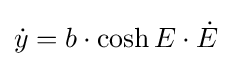
{\dot {y}}=b\cdot \cosh E\cdot {\dot {E}}